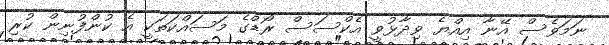
ނަމަވެސް އޭނާ އިއްޔެ ވިދާޅުވީ އެކްސަސް ރޯޑްގެ މަސައްކަތަކީ އެ ކުންފުނިން ކުރި